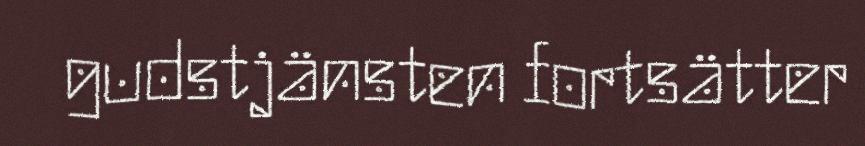
gudstjänsten fortsätter